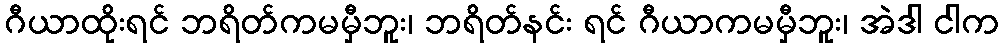
ဂီယာထိုးရင် ဘရိတ်ကမမှီဘူး၊ ဘရိတ်နင်း ရင် ဂီယာကမမှီဘူး၊ အဲဒါ ငါက